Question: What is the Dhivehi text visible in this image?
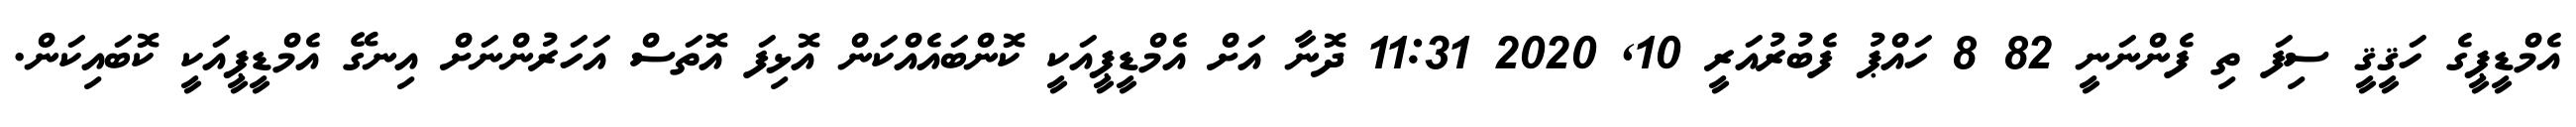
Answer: އެމްޑީޕީގެ ހަޤީޤީ ސިފަ ތި ފެންނަނީ 82 8 ހައްޕު ފެބުރުއަރީ 10, 2020 11:31 ދޮނާ އަށް އެމްޑީޕީއަކީ ކޮންބައެއްކަން އޮޅިފަ އޮތަސް އަހަރުންނަށް އިނގޭ އެމްޑީޕީއަކީ ކޮބައިކަން.